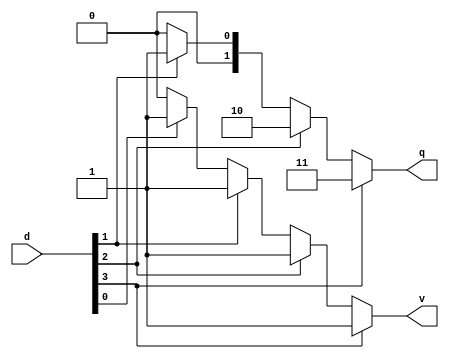
module prio_enc2_4to2
  (input [3:0] d,
   output reg [1:0] q,
   output reg v
  );
  
    always @(*) begin
        case (1) // checks if a signal is set
            d[3]:  begin q = 2'd3; v = 1; end
            d[2]:  begin q = 2'd2; v = 1; end
            d[1]:  begin q = 2'd1; v = 1; end
            d[0]:  begin q = 2'd0; v = 1; end
            default: begin q = 2'd0; v = 0; end
        endcase
    end
  
endmodule